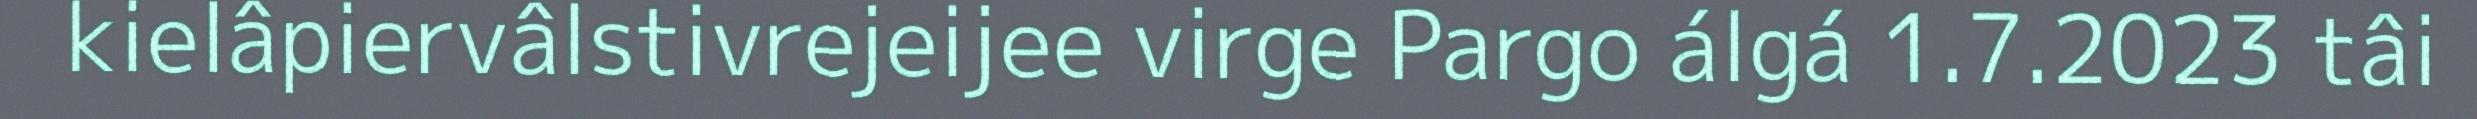
kielâpiervâlstivrejeijee virge Pargo álgá 1.7.2023 tâi